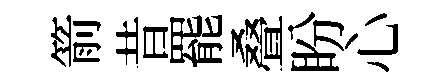
箭昔罷叠盼心